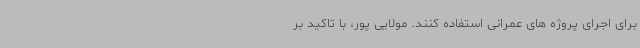
برای اجرای پروژه های عمرانی استفاده کنند. مولایی پور، با تاکید بر